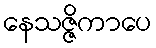
နေသဇ္ဇိကာပေ